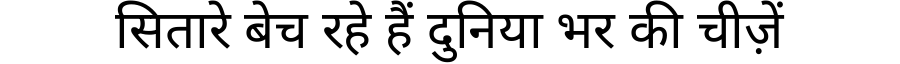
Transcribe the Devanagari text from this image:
सितारे बेच रहे हैं दुनिया भर की चीज़ें